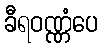
ခီရဝဏ္ဏံပေ